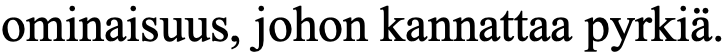
ominaisuus, johon kannattaa pyrkiä.